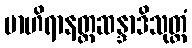
ဗာဟိရာနတ္တဆန္ဒာဒိသုတ္တံ